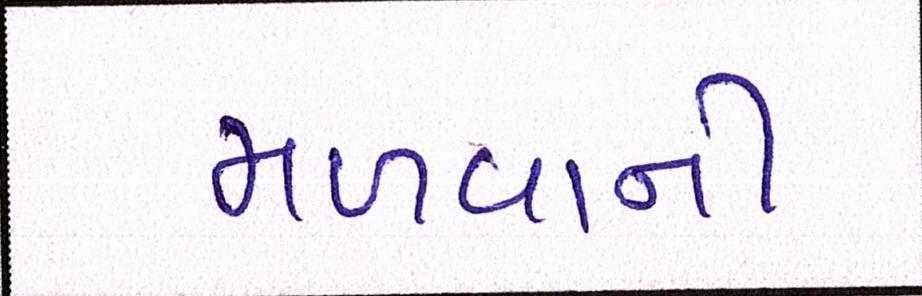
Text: મળવાની